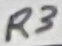
Text: R3